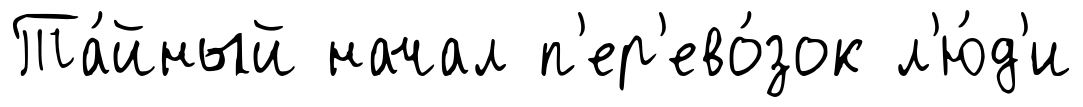
Та́йный начал п'ер'ево́зок л'ю́д'и